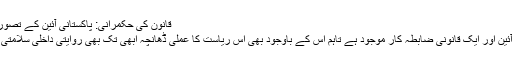
قانون کی حکمرانی: پاکستانی آئین کے تصورات اور عملدرآمد - تجزیات آن لائن
اگرچہ پاکستان کے پاس ایک جامع آئین اور ایک قانونی ضابطہ کار موجود ہے تاہم اس کے باوجود بھی اس ریاست کا عملی ڈھانچہ ابھی تک بھی روایتی داخلی سلامتی اور قانون کے نفاذ تک محدود ہے ۔